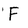
Character: F